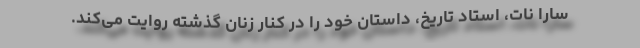
سارا نات، استاد تاریخ، داستان خود را در کنار زنان گذشته روایت می‌کند.